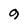
Character: 9